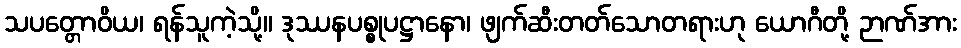
သပတ္တောဝိယ၊ ရန်သူကဲ့သို့။ ဒုဿနပစ္စုပဋ္ဌာနော၊ ဖျက်ဆီးတတ်သောတရားဟု ယောဂီတို့ ဉာဏ်အား